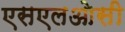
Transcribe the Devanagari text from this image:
एसएलओसी